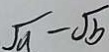
\sqrt { a } - \sqrt { b }